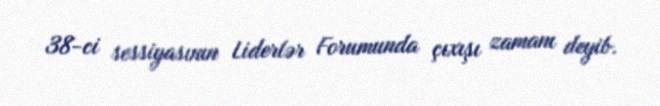
38-ci sessiyasının Liderlər Forumunda çıxışı zamanı deyib.